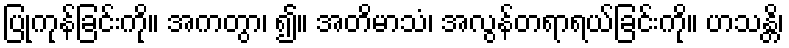
ပြုကုန်ခြင်းကို။ အကတွာ၊ ၍။ အတိမာသံ၊ အလွန်တရာရယ်ခြင်းကို။ ဟသန္တိ၊